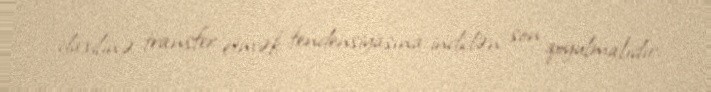
daxilinə transfer etmək tendensiyasına indidən son qoyulmalıdır.